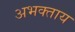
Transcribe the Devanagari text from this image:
अभक्ताय